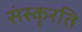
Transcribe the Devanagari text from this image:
संस्कृरति